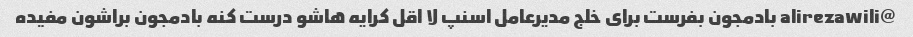
@alirezawili بادمجون بفرست برای خلج مدیرعامل اسنپ لا اقل کرایه هاشو درست کنه بادمجون براشون مفیده